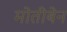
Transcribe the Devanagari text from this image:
मोतीबेन